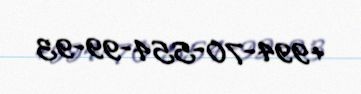
+994-70-554-99-93